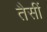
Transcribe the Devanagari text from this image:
तैसीं